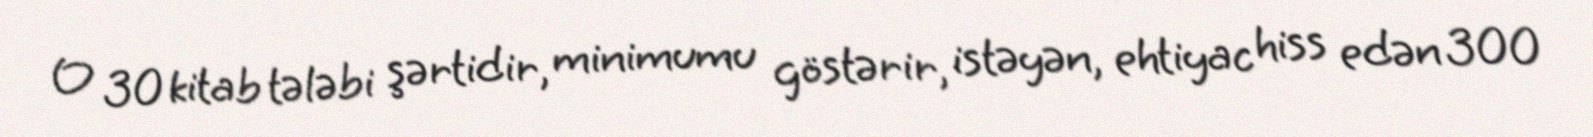
O 30 kitab tələbi şərtidir, minimumu göstərir, istəyən, ehtiyac hiss edən 300